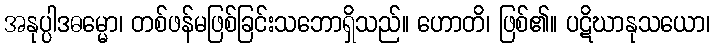
အနုပ္ပါဒဓမ္မော၊ တစ်ဖန်မဖြစ်ခြင်းသဘောရှိသည်။ ဟောတိ၊ ဖြစ်၏။ ပဋိဃာနုသယော၊